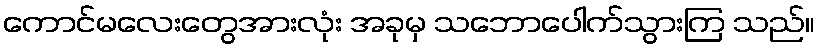
ကောင်မလေးတွေအားလုံး အခုမှ သဘောပေါက်သွားကြ သည်။